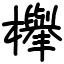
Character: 𣟱